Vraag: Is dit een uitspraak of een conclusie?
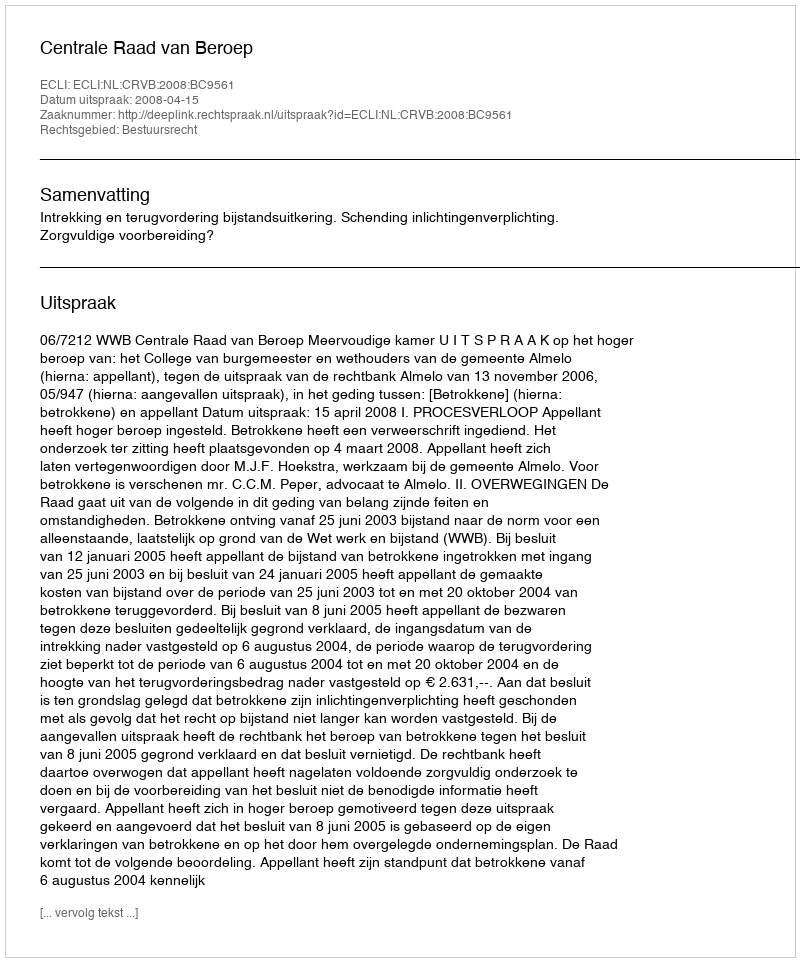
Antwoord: Uitspraak